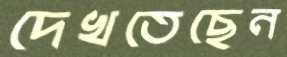
দেখতেছেন